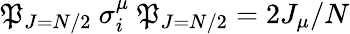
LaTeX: {\cal\mathfrak{P}}_{J=N/2}~\sigma_{i}^{\mu}~{\cal\mathfrak{P}}_{J=N/2}=2J_{\mu}/N